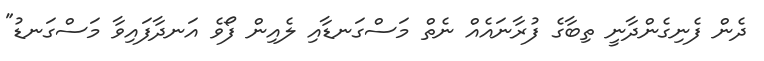
ދެން ފެނިގެންދާނީ ތިބާގެ ފުރާނައެއް ނެތް މަސްގަނޑާއި ލެއިން ފޯވެ އަނދާފައިވާ މަސްގަނޑު"